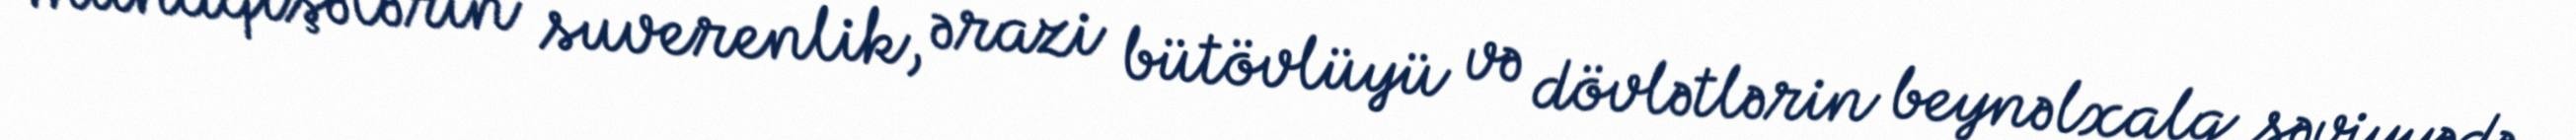
münaqişələrin suverenlik, ərazi bütövlüyü və dövlətlərin beynəlxalq səviyyədə